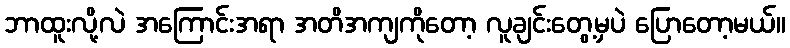
ဘာထူးလို့လဲ အကြောင်းအရာ အတိအကျကိုတော့ လူချင်းတွေ့မှပဲ ပြောတော့မယ်။